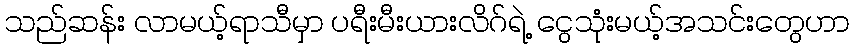
သည်ဆန်း လာမယ့်ရာသီမှာ ပရီးမီးယားလိဂ်ရဲ့ ငွေသုံးမယ့်အသင်းတွေဟာ